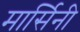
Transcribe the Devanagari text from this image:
मार्सिनी